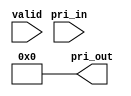
module wb_conmax_pri_dec(valid, pri_in, pri_out);

////////////////////////////////////////////////////////////////////
//
// Module Parameters
//

parameter [1:0]	pri_sel = 2'd0;

////////////////////////////////////////////////////////////////////
//
// Module IOs
//

input		valid;
input	[1:0]	pri_in;
output	[3:0]	pri_out;

////////////////////////////////////////////////////////////////////
//
// Local Wires
//

wire	[3:0]	pri_out;
reg	[3:0]	pri_out_d0;
reg	[3:0]	pri_out_d1;

////////////////////////////////////////////////////////////////////
//
// Priority Decoder
//

// 4 Priority Levels
always @(valid or pri_in)
	if(!valid)		pri_out_d1 = 4'b0001;
	else
	if(pri_in==2'h0)	pri_out_d1 = 4'b0001;
	else
	if(pri_in==2'h1)	pri_out_d1 = 4'b0010;
	else
	if(pri_in==2'h2)	pri_out_d1 = 4'b0100;
	else			pri_out_d1 = 4'b1000;

// 2 Priority Levels
always @(valid or pri_in)
	if(!valid)		pri_out_d0 = 4'b0001;
	else
	if(pri_in==2'h0)	pri_out_d0 = 4'b0001;
	else			pri_out_d0 = 4'b0010;

// Select Configured Priority

assign pri_out = (pri_sel==2'd0) ? 4'h0 : ( (pri_sel==1'd1) ? pri_out_d0 : pri_out_d1 );

endmodule